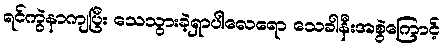
ရင်ကွဲနာကျပြီး သေသွားခဲ့ရှာပါလေရော သေခါနီးအစွဲကြောင့်